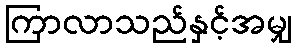
ကြာလာသည်နှင့်အမျှ